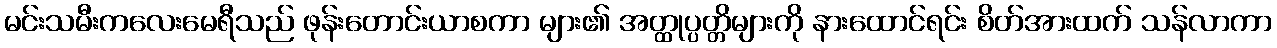
မင်းသမီးကလေးမေရီသည် ဖုန်းတောင်းယာစကာ များ၏ အတ္ထုပ္ပတ္တိများကို နားထောင်ရင်း စိတ်အားထက် သန်လာကာ